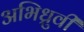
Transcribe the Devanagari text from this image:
अभिध्रुवी